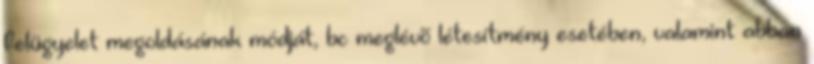
felügyelet megoldásának módját, bc meglévõ létesítmény esetében, valamint abban